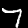
Digit: 7